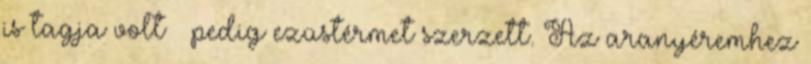
is tagja volt – pedig ezüstérmet szerzett. Az aranyéremhez